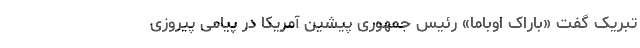
تبریک گفت «باراک اوباما» رئیس جمهوری پیشین آمریکا در پیامی پیروزی